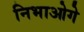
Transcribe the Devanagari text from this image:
निभाओगे